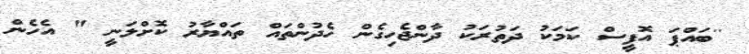
''ބައްޕަ އޮފީސް ކަމަކު ދަތުރަކު ދާންޖެހިގެން ހެދުންތައް ތައްޔާރު ކޮށްލަނީ " އެހެން